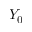
Y _ { 0 }